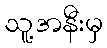
သူ့အနီးမှ